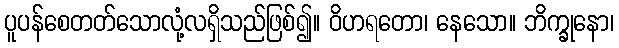
ပူပန်စေတတ်သောလုံ့လရှိသည်ဖြစ်၍။ ဝိဟရတော၊ နေသော။ ဘိက္ခုနော၊